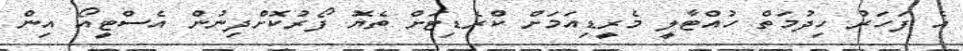
އެ ފަހަރު ހިދުމަތް ހުއްޓާލީ މެރީޑިއަމަށް ކްރެޑިޓަށް ތެޔޮ ފޯރުކޮށްދިނުން އެސްޓީއޯ އިން